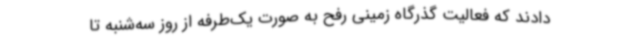
دادند که فعالیت گذرگاه زمینی رفح به صورت یک‌طرفه از روز سه‌شنبه تا